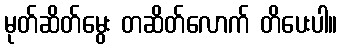
မုတ်ဆိတ်မွေး တဆိတ်လောက် တိပေးပါ။